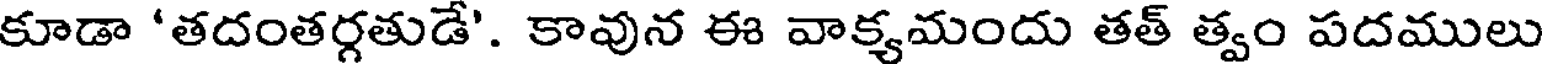
కూడా 'తదంతర్గతుడే'. కావున ఈ వాక్యమందు తత్ త్వం పదములు